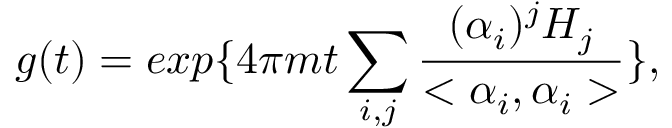
g ( t ) = e x p \{ 4 \pi m t \sum _ { i , j } \frac { ( \alpha _ { i } ) ^ { j } H _ { j } } { < \alpha _ { i } , \alpha _ { i } > } \} ,